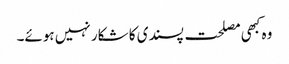
وہ کبھی مصلحت پسندی کا شکار نہیں ہوئے۔